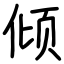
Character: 倾